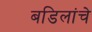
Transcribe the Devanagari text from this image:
बडिलांचे